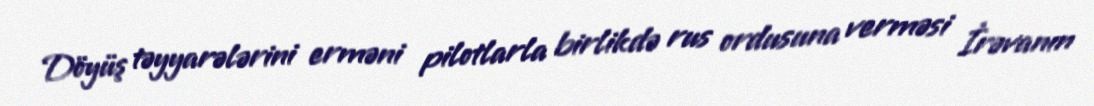
Döyüş təyyarələrini erməni pilotlarla birlikdə rus ordusuna verməsi İrəvanın